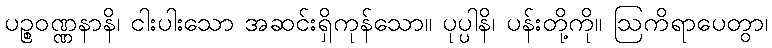
ပဉ္စဝဏ္ဏနာနိ၊ ငါးပါးသော အဆင်းရှိကုန်သော။ ပုပ္ပါနိ၊ ပန်းတို့ကို။ ဩကိရာပေတွာ၊